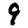
Digit: 9